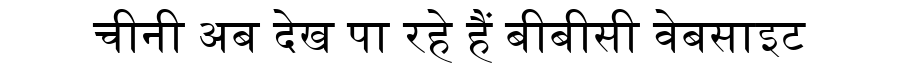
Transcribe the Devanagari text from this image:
चीनी अब देख पा रहे हैं बीबीसी वेबसाइट